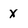
Character: X